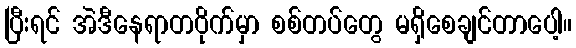
ပြီးရင် အဲဒီနေရာတဝိုက်မှာ စစ်တပ်တွေ မရှိစေချင်တာပေါ့။